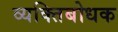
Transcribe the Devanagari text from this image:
व्यक्तिबोधक